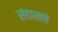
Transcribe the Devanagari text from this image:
संडासाचे